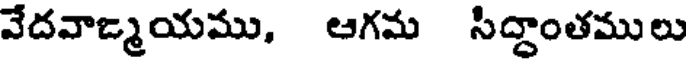
వేదవాఙ్మయము, ఆగమ సిద్ధాంతములు